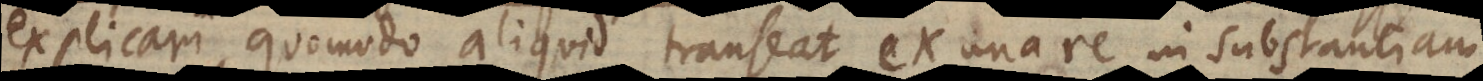
explicari, quomodo aliquid transeat ex una re in substantiam